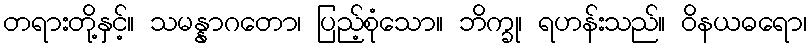
တရားတို့နှင့်။ သမန္နာဂတော၊ ပြည့်စုံသော။ ဘိက္ခု၊ ရဟန်းသည်။ ဝိနယဓရော၊